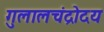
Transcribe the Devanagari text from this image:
गुलालचंद्रोदय